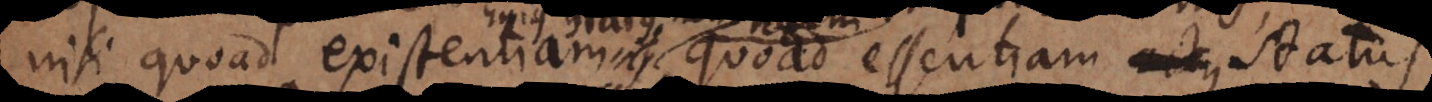
nisi quoad existentiam quoad essentiam actus s